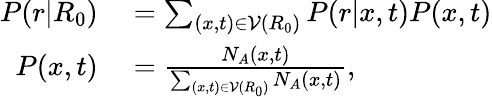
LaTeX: \begin{array}{rl}{P(r|R_{0})}&{{}=\sum_{(x,t)\in\mathcal{V}(R_{0})}P(r|x,t)P(x,t)}\\ {P(x,t)}&{{}=\frac{N_{A}(x,t)}{\sum_{(x,t)\in\mathcal{V}(R_{0})}N_{A}(x,t)},}\end{array}